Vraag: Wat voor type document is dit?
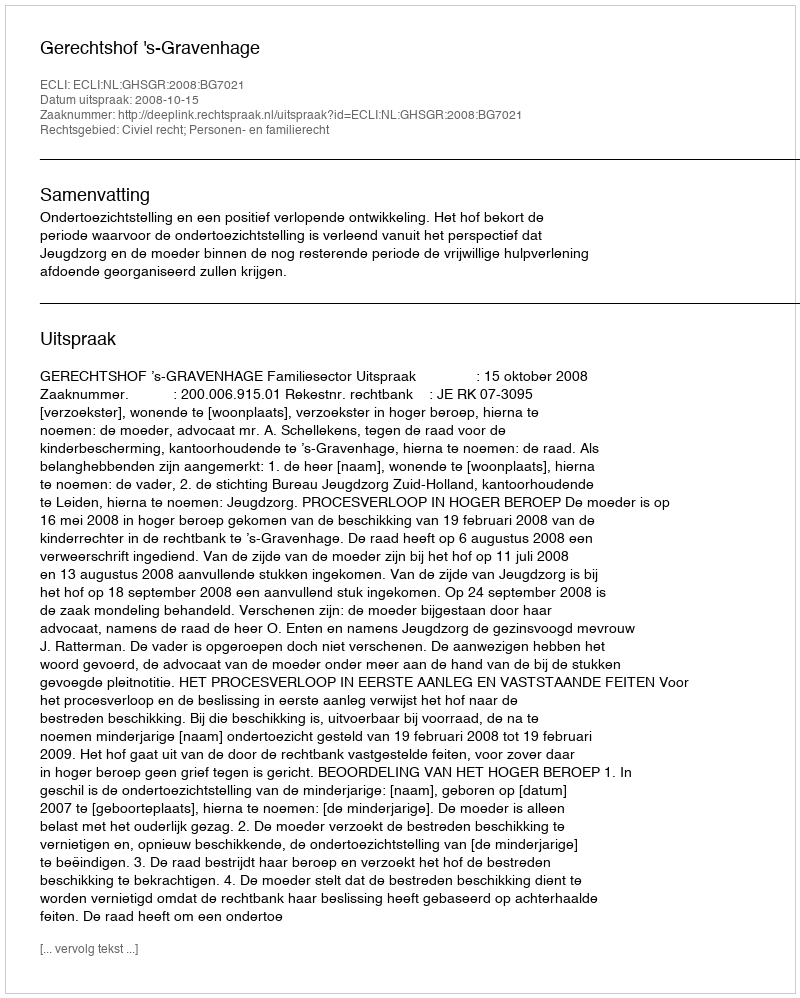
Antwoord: Uitspraak